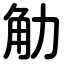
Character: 觔